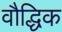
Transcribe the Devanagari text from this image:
वौद्धिक